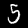
Label: 5